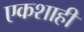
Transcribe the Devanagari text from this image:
एकशाही